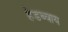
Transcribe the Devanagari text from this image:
हेडब्वाय